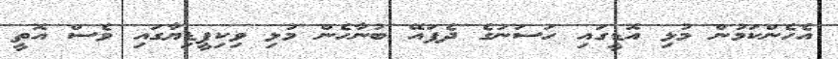
އެހެންކަމުން މުޅި އޮޑީގައި ހަސަނުގެ ދެފައޭ ބުނާހެން މުޅި ވިކިޕީޑިޔާގައި ވެސް އޮތީ